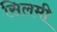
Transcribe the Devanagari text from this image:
सिलमी